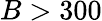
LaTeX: B>300